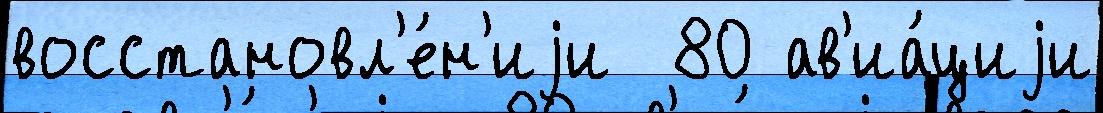
восстановл'е́н'иjи  80 ав'иа́циjи